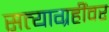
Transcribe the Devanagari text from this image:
सत्याग्रहींवर